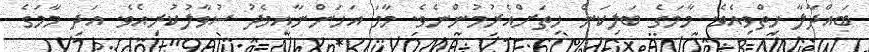
ބައްދާލާ ހިތްވިއެވެ. މާމަގެ ބަލިކަން ހިތަށްއެރުމުންނެވެ. މާމަ އަހަންނާއިމެދު ސުވާލުކުރިއެވެ. އަދި މާމަގެ